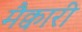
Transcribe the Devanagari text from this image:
मैक्वारी